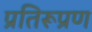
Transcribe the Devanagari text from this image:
प्रतिरूप्रण